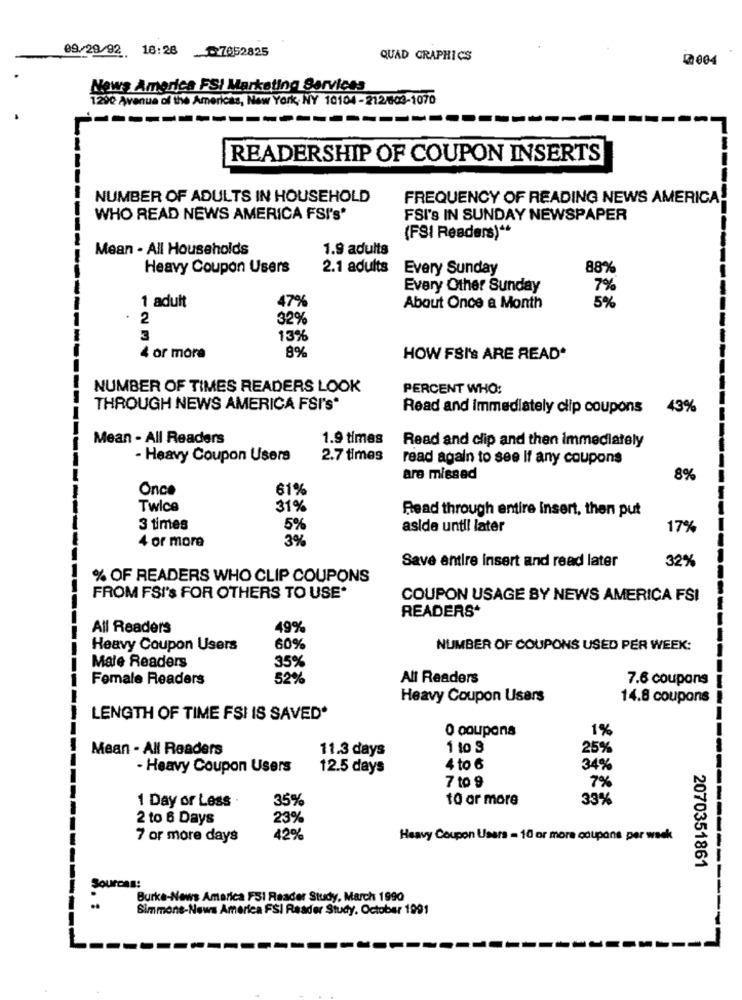
09/29/92 18:26 _7652825
QUAD GRAPHICS
@004
News America FSI Marketing Services
1290 Avenue of the Americas, New York, NY 10104-212/604-1070
--------
----
READERSHIP OF COUPON INSERTS
NUMBER OF ADULTS IN HOUSEHOLD
FREQUENCY OF READING NEWS AMERICA-
WHO READ NEWS AMERICA FSI'S"
FSI's IN SUNDAY NEWSPAPER
(FSI Readers) **
Mean - All Households
1.9 adults
Heavy Coupon Users
2.1 adults
Every Sunday
88%
Every Other Sunday
7%
1 adult
47%
About Once a Month
5%
2
32%
3
13%
8%
or more
HOW FSI's ARE READ*
NUMBER OF TIMES READERS LOOK
PERCENT WHO:
THROUGH NEWS AMERICA FSI'S*
Read and immediately clip coupons 43%
Mean - All Readers
1.9 times
Read and clip and then immediately
- Heavy Coupon Users
2.7 times
read again to see If any coupons
are missed
8%
Once
61%
Twice
31%
Read through entire insert, then put
3 times
5%
aside until later
17%
4 or more
3%
Save entire insert and read later
32%
% OF READERS WHO CLIP COUPONS
FROM FSI's FOR OTHERS TO USE*
COUPON USAGE BY NEWS AMERICA FSI
READERS*
All Readers
49%
Heavy Coupon Users
60%
NUMBER OF COUPONS USED PER WEEK:
35%
Male Readers
Female Readers
52%
All Readers
7.6 coupons
Heavy Coupon Users
14.8 coupons
LENGTH OF TIME FSI IS SAVED*
O coupons
1%
Mean - All Readers
11.3 days
1 10 9
25%
- Heavy Coupon Users
12.5 days
4 to 6
34%
7 to 9
7%
1 Day or Less
35%
t0 or more
33%
2 to 6 Days
23%
42%
7 or more days
Heavy Coupon Users = 10 or more coupons per week
2070351861
Sources:
Burke-News America F3I Reader Study, March 1990
Simmone-News America FSI Reader Study. October 1991
-----------